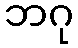
ဘဂု